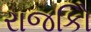
રાજકોિ